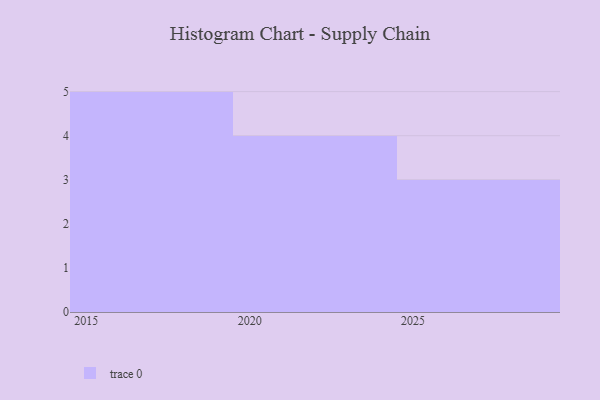
{"axis": {"x": "Year", "y": "Demand Index"}, "legend": [""], "data": [{"x": "2022", "y": 78, "type": ""}, {"x": "2017", "y": 9, "type": ""}, {"x": "2020", "y": 21, "type": ""}, {"x": "2026", "y": 65, "type": ""}, {"x": "2021", "y": 61, "type": ""}, {"x": "2015", "y": 55, "type": ""}, {"x": "2029", "y": 91, "type": ""}, {"x": "2023", "y": 19, "type": ""}, {"x": "2016", "y": 100, "type": ""}, {"x": "2019", "y": 4, "type": ""}, {"x": "2018", "y": 40, "type": ""}, {"x": "2028", "y": 1, "type": ""}]}